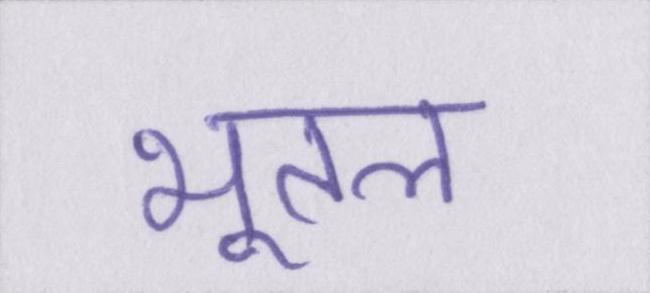
भूतल